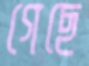
গেছে